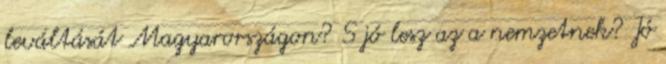
leváltását Magyarországon? S jó lesz az a nemzetnek? Jó